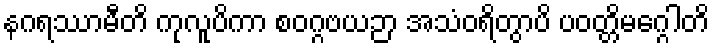
နဂရဿာမီတိ ကုလူပိကာ စဝဂ္ဂဗယဉာ အသံဝရိတွာပိ ပဝတ္တိမဂ္ဂေါတိ